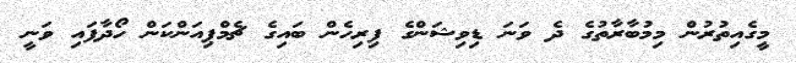
މީގެއިތުރުން މިމުބާރާތުގެ ދެ ވަނަ ޑިވިޝަންގެ ފިރިހެން ބައިގެ ޗެމްޕިއަންކަން ހޯދާފައި ވަނީ